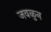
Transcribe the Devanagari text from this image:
जवळुन